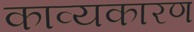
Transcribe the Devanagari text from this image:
काव्यकारण